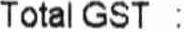
TOTAL GST :